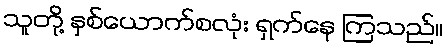
သူတို့ နှစ်ယောက်စလုံး ရှက်နေ ကြသည်။